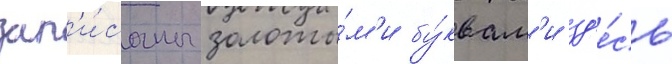
зап'и́саны золоты́м'и бу́квам'и зд'е́сь